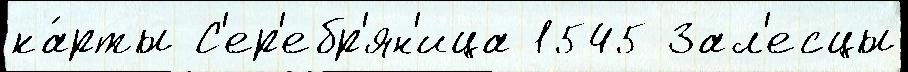
ка́рты С'ер'ебр'ян'ица 1545 Зал'есцы